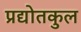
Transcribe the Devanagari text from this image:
प्रद्योतकुल